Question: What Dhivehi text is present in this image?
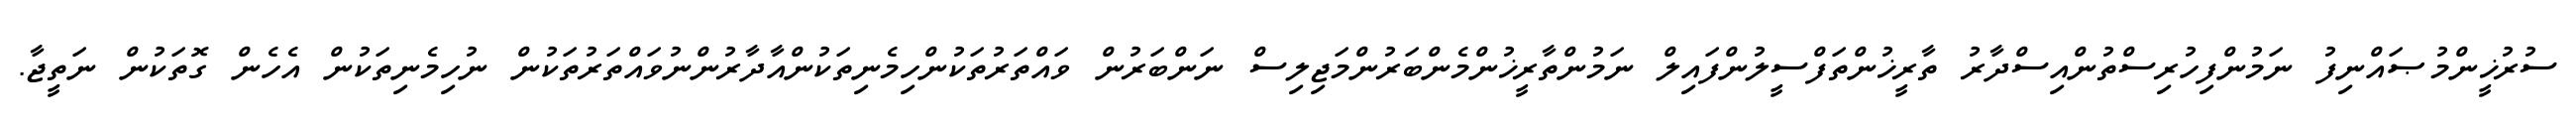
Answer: ސުރުޚީންމުޞައްނިފު ނަމުންފިހުރިސްތުންއިސްދާރު ތާރީޚުންތަފްސީލުންފައިލް ނަމުންތާރީޚުންމެންބަރުންމަޖިލިސް ނަންބަރުން ވައްތަރުތަކުންހިމެނިތަކުންއާދާރުންނުވައްތަރުތަކުން ނުހިމެނިތަކުން އެހެން ގޮތަކުން ނަތީޖާ.